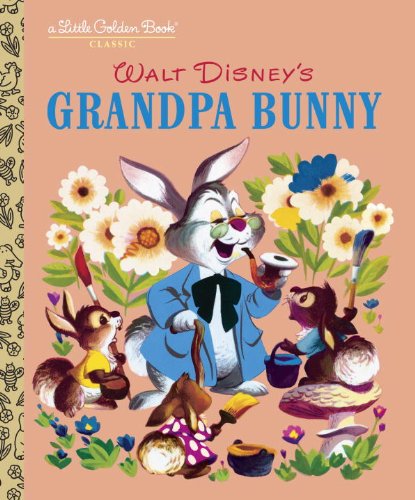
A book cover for Grandpa Bunny (Disney Classic) (Little Golden Book); RH Disney; Children's Books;